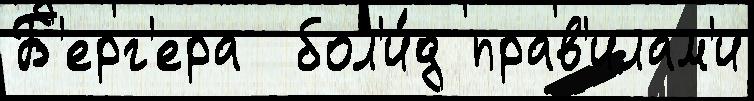
Б'ерг'ера  бол'и́д прав'илам'и